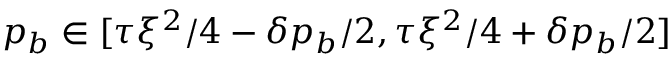
p _ { b } \in [ \tau \xi ^ { 2 } / 4 - \delta p _ { b } / 2 , \tau \xi ^ { 2 } / 4 + \delta p _ { b } / 2 ]